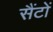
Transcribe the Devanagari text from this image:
सैंटों